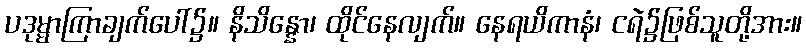
ပဒုမ္မာကြာချက်ပေါ်၌။ နိသိန္နော၊ ထိုင်နေလျက်။ နေရယိကာနံ၊ ငရဲ၌ဖြစ်သူတို့အား။